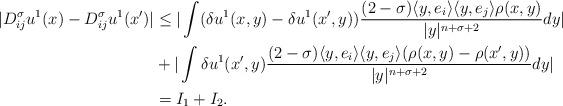
LaTeX: \begin{align*}|D^{\sigma}_{ij}u^1(x)-D^{\sigma}_{ij}u^1(x')|&\le|\int(\delta u^1(x,y)-\delta u^1(x',y))\frac{(2-\sigma)\langle y,e_i\rangle\langle y,e_j\rangle \rho(x,y)}{|y|^{n+\sigma+2}}dy|\\&+|\int\delta u^1(x',y)\frac{(2-\sigma)\langle y,e_i\rangle\langle y,e_j\rangle (\rho(x,y)-\rho(x',y))}{|y|^{n+\sigma+2}}dy|\\&=I_1+I_2.\end{align*}